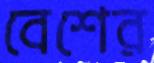
বেশের